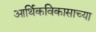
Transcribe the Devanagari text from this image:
आर्थिकविकासाच्या